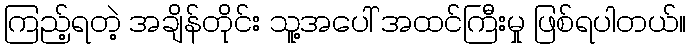
ကြည့်ရတဲ့ အချိန်တိုင်း သူ့အပေါ် အထင်ကြီးမှု ဖြစ်ရပါတယ်။